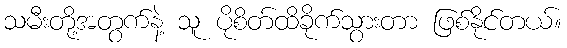
သမီးတို့အတွက်နဲ့ သူ ပိုစိတ်ထိခိုက်သွားတာ ဖြစ်နိုင်တယ်။